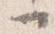
一